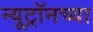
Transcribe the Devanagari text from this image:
न्यूट्रॉनच्या